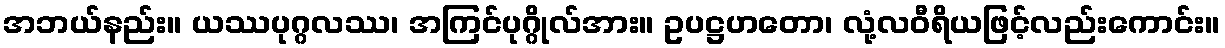
အဘယ်နည်း။ ယဿပုဂ္ဂလဿ၊ အကြင်ပုဂ္ဂိုလ်အား။ ဥပဋ္ဌဟတော၊ လုံ့လဝီရိယဖြင့်လည်းကောင်း။